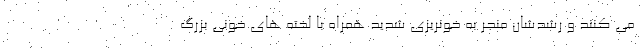
می کنند و رشدشان منجر به خونریزی شدید همراه با لخته های خونی بزرگ